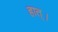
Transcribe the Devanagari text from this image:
हात्।